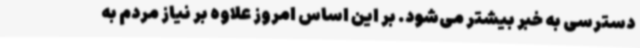
دسترسی به خبر بیشتر می‌شود. بر این اساس امروز علاوه بر نیاز مردم به